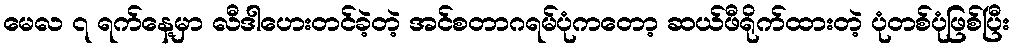
မေလ ၇ ရက်နေ့မှာ လီဒါဟေးတင်ခဲ့တဲ့ အင်စတာဂရမ်ပုံကတော့ ဆယ်ဖီရိုက်ထားတဲ့ ပုံတစ်ပုံဖြစ်ပြီး